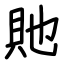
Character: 貤